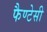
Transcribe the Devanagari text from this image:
फैण्टेसी